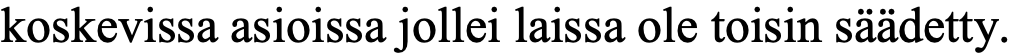
koskevissa asioissa jollei laissa ole toisin säädetty.